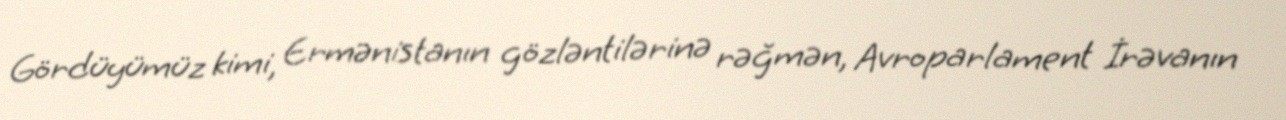
Gördüyümüz kimi, Ermənistanın gözləntilərinə rəğmən, Avroparlament İrəvanın